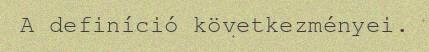
A definíció következményei.